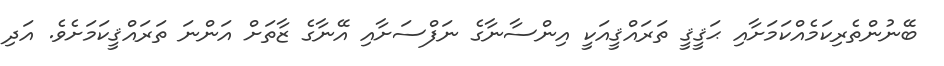
ބޭނުންތެރިކަމެއްކަމަށާއި ޙަޤީޤީ ތަރައްޤީއަކީ އިންސާނާގެ ނަފްސަށާއި އޭނާގެ ޒާތަށް އަންނަ ތަރައްޤީކަމަށެވެ. އަދި